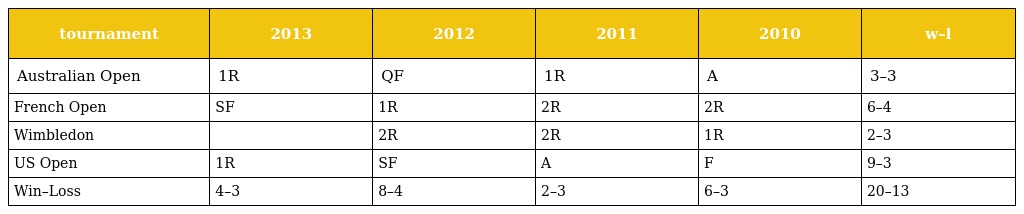
| tournament | 2013 | 2012 | 2011 | 2010 | w–l |
 | --- | --- | --- | --- | --- | --- |
 | Australian Open | 1R | QF | 1R | A | 3–3 |
 | French Open | SF | 1R | 2R | 2R | 6–4 |
 | Wimbledon |  | 2R | 2R | 1R | 2–3 |
 | US Open | 1R | SF | A | F | 9–3 |
 | Win–Loss | 4–3 | 8–4 | 2–3 | 6–3 | 20–13 |